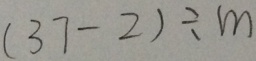
( 3 7 - 2 ) \div m